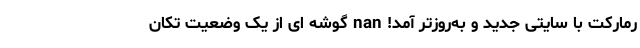
رمارکت با سایتی جدید و به‌‌روزتر آمد! nan گوشه ‌ای از یک وضعیت تکان